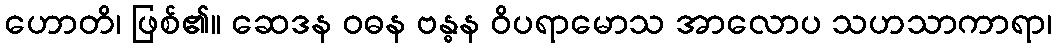
ဟောတိ၊ ဖြစ်၏။ ဆေဒန ဝဓန ဗန္ဓန ဝိပရာမောသ အာလောပ သဟသာကာရာ၊